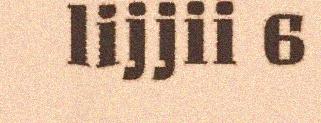
lijjii 6